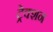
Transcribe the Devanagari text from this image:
ट्रेक्शन